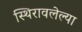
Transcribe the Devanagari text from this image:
स्थिरावलेल्या